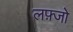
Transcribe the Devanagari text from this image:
लफ़्जो